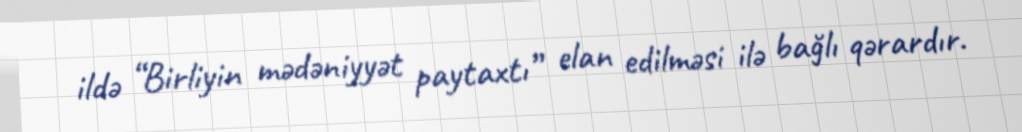
ildə “Birliyin mədəniyyət paytaxtı” elan edilməsi ilə bağlı qərardır.